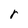
Character: r